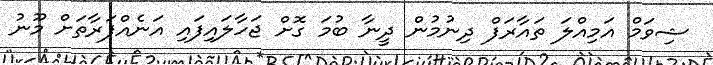
ޝިވަމް އަމިއްލަ ތައާރަފް ދިނުމުން ދީނާ ބުމަ ގޮށް ޖަހާލައިފައި އަނެއްފަރާތަށް މޫނު